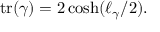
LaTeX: \operatorname { t r } ( \gamma ) = 2 \cosh ( \ell _ { \gamma } / 2 ) .